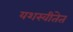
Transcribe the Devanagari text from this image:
यशस्वीतेत